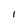
Character: l